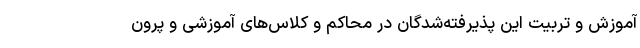
آموزش و تربیت این پذیرفته‌شدگان در محاکم و کلاس‌های آموزشی و پرون